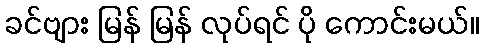
ခင်ဗျား မြန် မြန် လုပ်ရင် ပို ကောင်းမယ်။